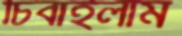
চিবাইলাম